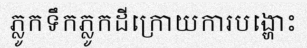
ភ្លូកទឹកភ្លូកដីក្រោយការបង្ហោះ